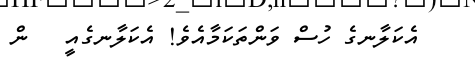
އެކަލާނގެ ހުސް ވަންތަކަމާއެވެ! އެކަލާނގެއީ   ން